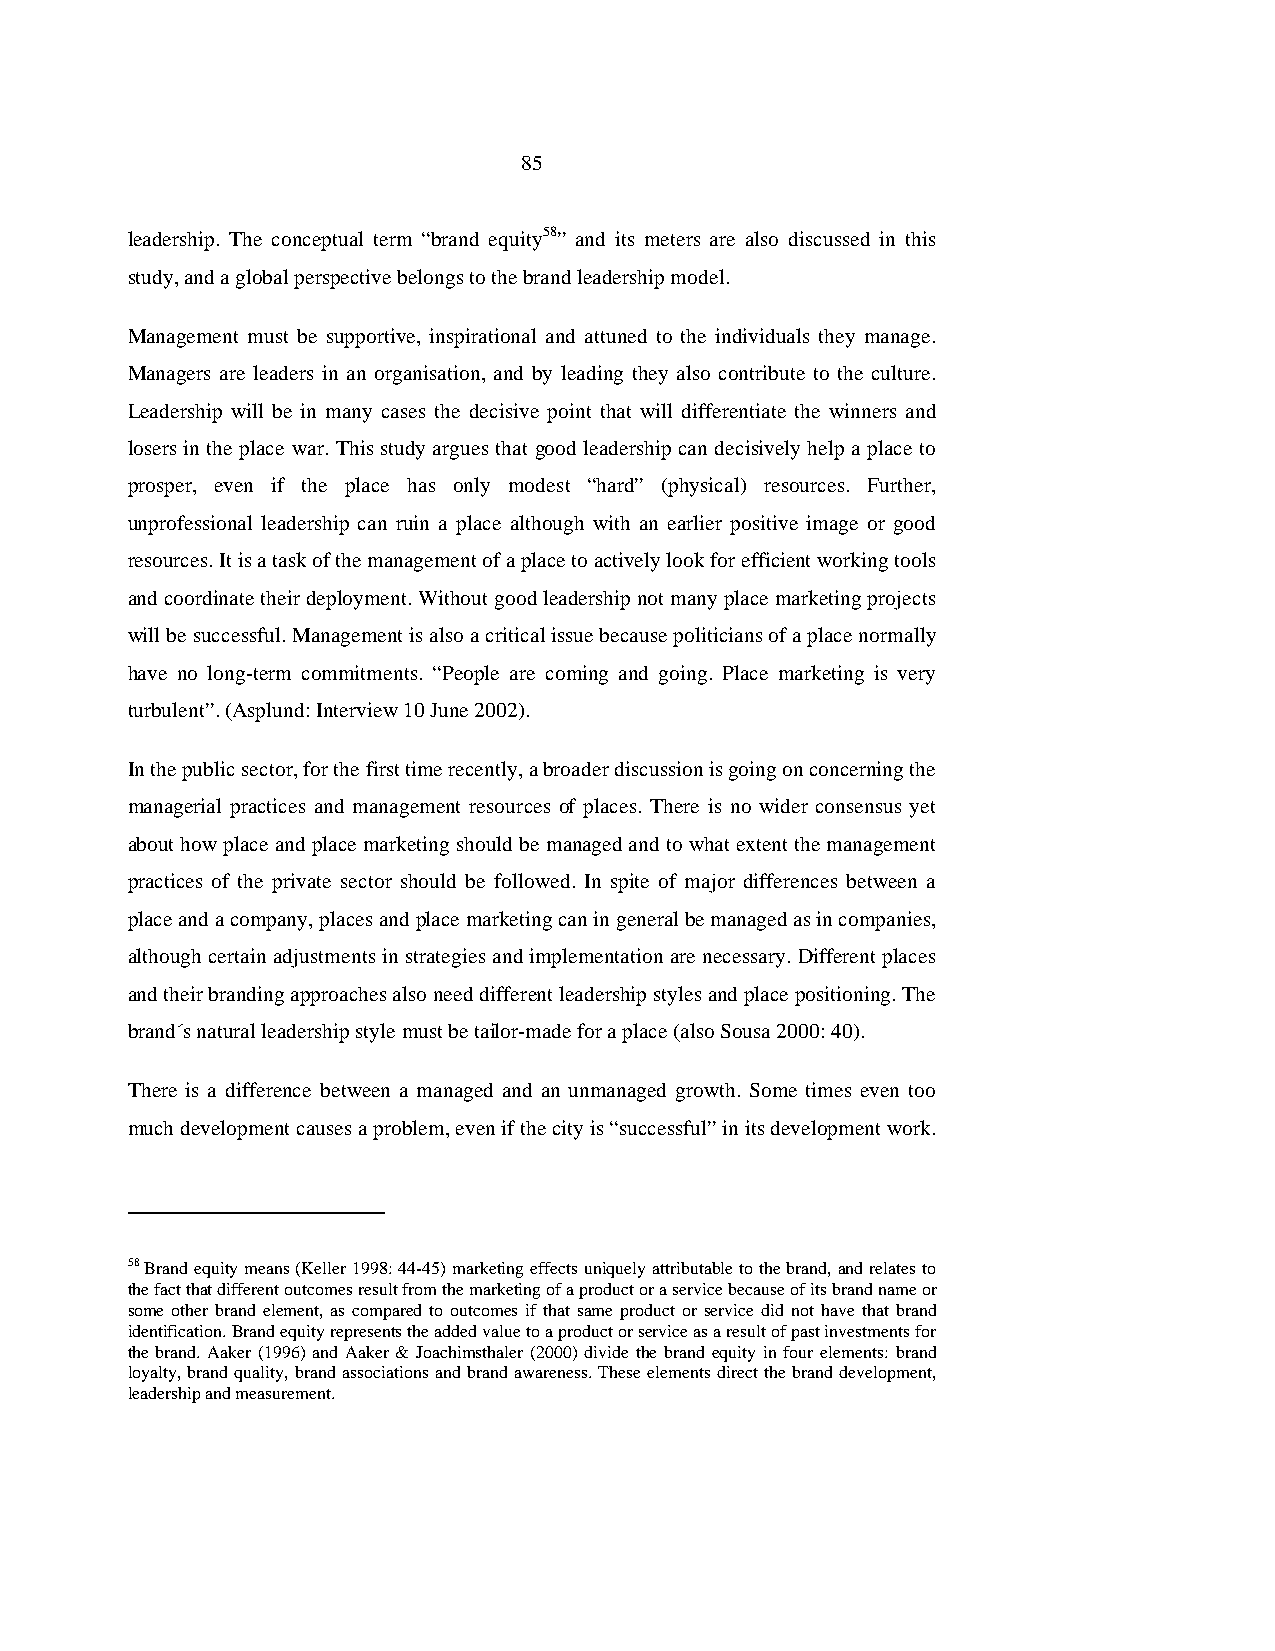
85
 leadership. The conceptual term “brand equity58” and its meters are also discussed in this
 study, and a global perspective belongs to the brand leadership model.
 Management must be supportive, inspirational and attuned to the individuals they manage.
 Managers are leaders in an organisation, and by leading they also contribute to the culture.
 Leadership will be in many cases the decisive point that will differentiate the winners and
 losers in the place war. This study argues that good leadership can decisively help a place to
 prosper, even if the place has only modest “hard” (physical) resources. Further,
 unprofessional leadership can ruin a place although with an earlier positive image or good
 resources. It is a task of the management of a place to actively look for efficient working tools
 and coordinate their deployment. Without good leadership not many place marketing projects
 will be successful. Management is also a critical issue because politicians of a place normally
 have no long-term commitments. “People are coming and going. Place marketing is very
 turbulent”. (Asplund: Interview 10 June 2002).
 In the public sector, for the first time recently, a broader discussion is going on concerning the
 managerial practices and management resources of places. There is no wider consensus yet
 about how place and place marketing should be managed and to what extent the management
 practices of the private sector should be followed. In spite of major differences between a
 place and a company, places and place marketing can in general be managed as in companies,
 although certain adjustments in strategies and implementation are necessary. Different places
 and their branding approaches also need different leadership styles and place positioning. The
 brand´s natural leadership style must be tailor-made for a place (also Sousa 2000: 40).
 There is a difference between a managed and an unmanaged growth. Some times even too
 much development causes a problem, even if the city is “successful” in its development work.
 58 Brand equity means (Keller 1998: 44-45) marketing effects uniquely attributable to the brand, and relates to
 the fact that different outcomes result from the marketing of a product or a service because of its brand name or
 some other brand element, as compared to outcomes if that same product or service did not have that brand
 identification. Brand equity represents the added value to a product or service as a result of past investments for
 the brand. Aaker (1996) and Aaker & Joachimsthaler (2000) divide the brand equity in four elements: brand
 loyalty, brand quality, brand associations and brand awareness. These elements direct the brand development,
 leadership and measurement.